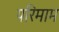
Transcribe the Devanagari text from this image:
परिमाम